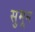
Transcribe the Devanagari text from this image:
सुमून